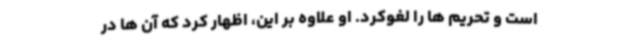
است و تحریم ها را لغوکرد. او علاوه بر این، اظهار کرد که آن ها در